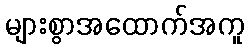
များစွာအထောက်အကူ